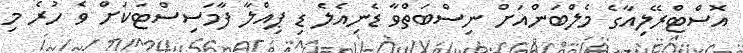
އޮސްޓްރޭލިއާގެ މެލްބަންއަށް ނިސްބަތްވާ ޑެނިއެލެ ޑި ޕިއްލާ ފާމަސިސްޓަކަށް ވެ ހުރެ މި